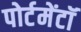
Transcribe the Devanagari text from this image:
पोर्टमेंटॉ